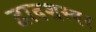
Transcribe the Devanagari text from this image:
द्वादशस्वर